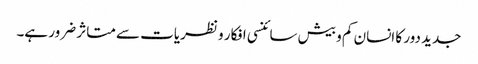
جدید دور کا انسان کم و بیش سائنسی افکار و نظریات سے متاثر ضرور ہے۔